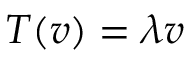
T ( v ) = \lambda v